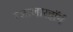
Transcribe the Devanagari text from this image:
ग्जालारहॉर्न